Senior Leaving Certificate Examination (including Day School Certificate (Higher) General paper), 1948
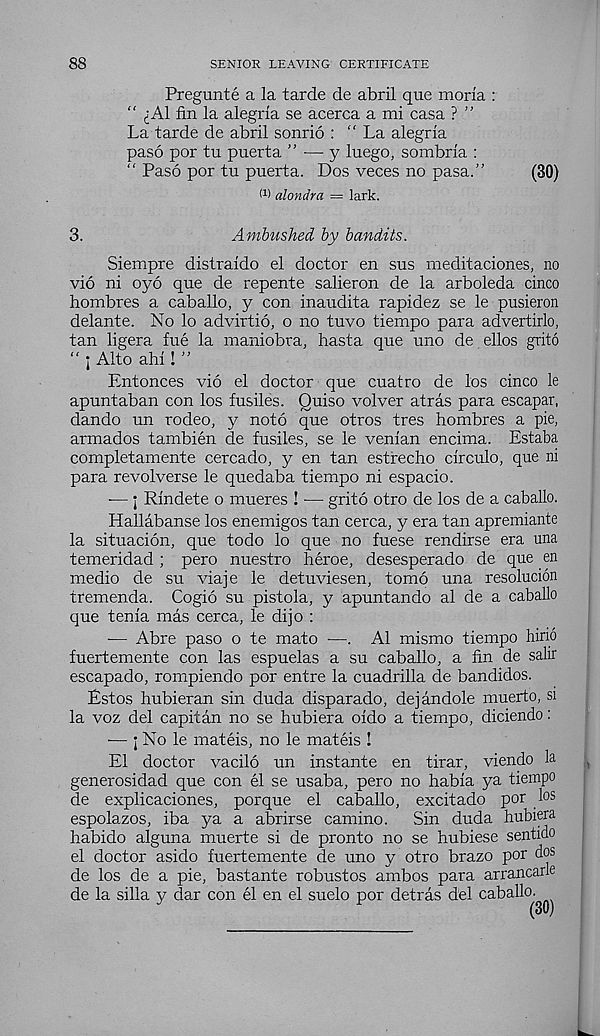
88
SENIOR LEAVING CERTIFICATE
Pregunte a la tarde de abril que moria :
“ (iAl fin la alegrla se acerca a mi casa ? ”
La tarde de abril sonrio : “La alegria
paso por tu puerta ” — y luego, sombria :
“ Paso por tu puerta. Dos veces no pasa.’’
(30)
I 1 ) alondra = lark.
3.
Ambushed by bandits.
Siempre distraido el doctor en sus rneditaciones, no
vio ni oyo que de repente salieron de la arboleda cinco
hombres a caballo, y con inaudita rapidez se le pusieron
delante. No lo advirtio, o no tuvo tiempo para advertirlo,
tan ligera fue la maniobra, hasta que uno de ellos grito
“ i Alto ahi l”
Entonces vio el doctor que cuatro de los cinco le
apuntaban con los fusiles. Quiso volver atras para escapar,
dando un rodeo, y noto que otros tres hombres a pie,
armados tambien de fusiles, se le venian encima. Estaba
completamente cercado, y en tan estrecho circulo, que ni
para revolverse le quedaba tiempo ni espacio.
■— j Rindete o mueres ! — grito otro de los de a caballo.
Hallabanse los enemigos tan cerca, y era tan apremiante
la situacion, que todo lo que no fuese rendirse era una
temeridad ; pero nuestro heroe, desesperado de que en
medio de su viaje le detuviesen, tomb una resolucion
tremenda. Cogio su pistola, y apuntando al de a caballo
que tenia mas cerca, le dijo :
-— Abre paso o te mato -—. Al mismo tiempo hirio
fuertemente con las espuelas a su caballo, a fin de salir
escapado, rompiendo por entre la cuadrilla de bandidos.
Estos hubieran sin duda disparado, dejandole muerto, si
la voz del capitan no se hubiera oido a tiempo, diciendo:
-— j No le mateis, no le mateis !
El doctor vacilo un instante en tirar, viendo la
generosidad que con el se usaba, pero no habia ya tiempo
de explicaciones, porque el caballo, excitado por los
espolazos, iba ya a abrirse camino.
Sin duda hubiera
habido alguna muerte si de pronto no se hubiese sentido
el doctor asido fuertemente de uno y otro brazo por dos
de los de a pie, bastante robustos ambos para arrancarle
de la silla y dar con el en el suelo por detras del caballo.